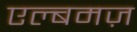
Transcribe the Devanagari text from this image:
एल्बमज़